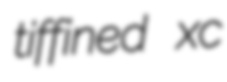
tiffined xc